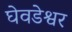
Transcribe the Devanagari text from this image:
घेवडेश्वर